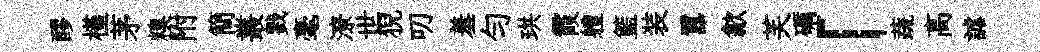
醪槿茅糗附簡叢戮毫潦世猊叨羞匀珙霞軆籃装囂歙芙礪「蔬高謔